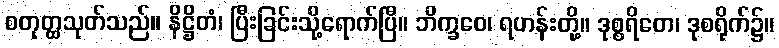
စတုတ္ထသုတ်သည်။ နိဋ္ဌိတံ၊ ပြီးခြင်းသို့ရောက်ပြီ။ ဘိက္ခဝေ၊ ရဟန်းတို့။ ဒုစ္စရိတေ၊ ဒုစရိုက်၌။